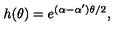
h ( \theta ) = e ^ { ( \alpha - \alpha ^ { \prime } ) \theta / 2 } ,